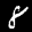
Label: 8